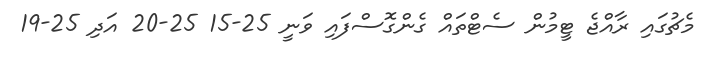
މެޗުގައި ރާއްޖެ ޓީމުން ސެޓްތައް ގެންގޮސްފައި ވަނީ 25-15 25-20 އަދި 25-19